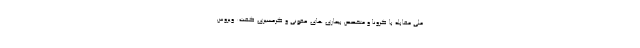
ملی مقابله با کرونا و متخصص بیماری های عفونی و گرمسیری گفت: ویروس